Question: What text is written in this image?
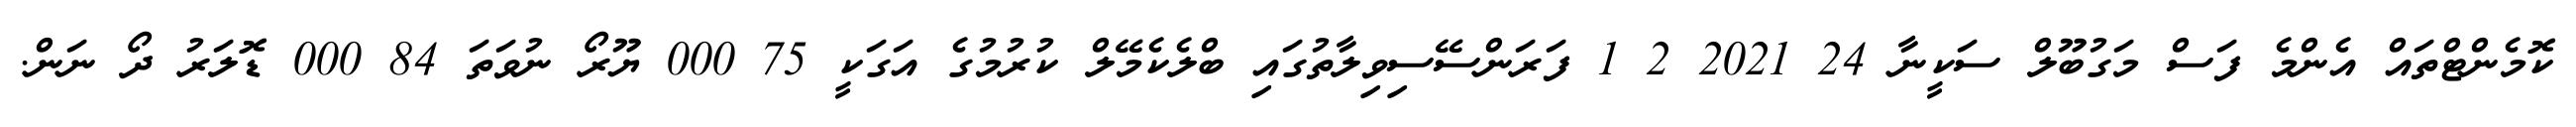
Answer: ކޮމެންޓްތައް އެންމެ ފަސް މަގުބޫލް ސަކީނާ 24 2021 2 1 ފަރަންސޭސިވިލާތުގައި ބްލެކެމޭލް ކުރުމުގެ އަގަކީ 75 000 ޔޫރޯ ނުވަތަ 84 000 ޑޮލަރު ދޯ ނަން.